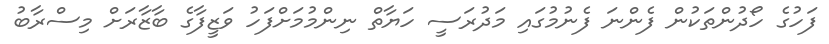
ފަހުގެ ހޯދުންތަކުން ފެންނަ ފެނުމުގައި މަދުރަސީ ހަޔާތް ނިންމުމަށްފަހު ވަޒީފާގެ ބާޒާރަށް މިސްރާބު